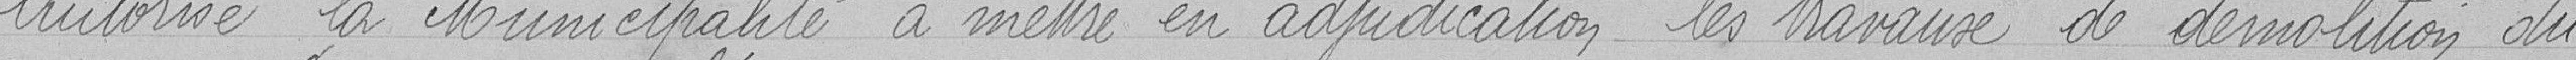
Autorise la Municipalité à  mettre en adjudication les travaux de démolition du